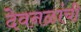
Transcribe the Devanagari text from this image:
देवनळांची